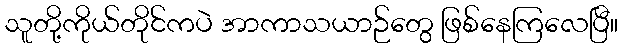
သူတို့ကိုယ်တိုင်ကပဲ အာကာသယာဉ်တွေ ဖြစ်နေကြလေပြီ။